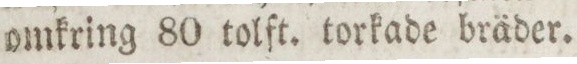
omkring 80 tolft. torkade bräder.